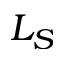
L _ { S }